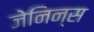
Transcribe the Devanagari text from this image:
जेनिन्स